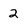
Character: 2